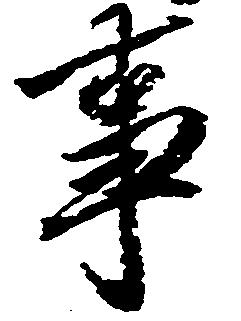
事